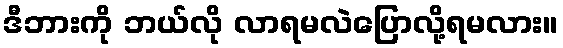
ဒီဘားကို ဘယ်လို လာရမလဲပြောလို့ရမလား။